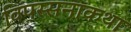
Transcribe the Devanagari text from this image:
विपस्सनाकथा